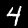
Digit: 4